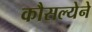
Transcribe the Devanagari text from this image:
कौसल्येने